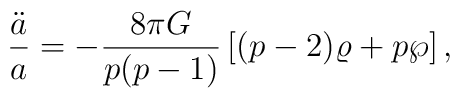
{\ddot{a}\over a}=-{{8\pi G}\over{p(p-1)}}\left[(p-2)\varrho+p\wp\right],